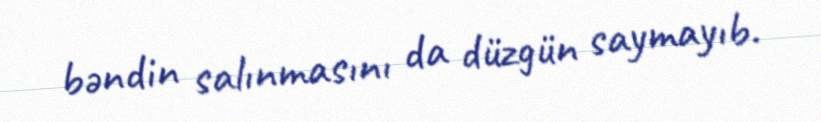
bəndin salınmasını da düzgün saymayıb.